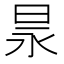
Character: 㫤